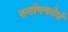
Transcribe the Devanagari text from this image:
स्पॉफ्फोर्थ